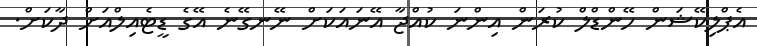
އެޕްލިކޭޝަން ހޭންޑްލް ކުރަން އިންނަ ކުއްޖާ އޭނައަކަށް ނޭނގޭނެ އޭގެ ޑީޓެއިލްއަށް ދާކަށް.